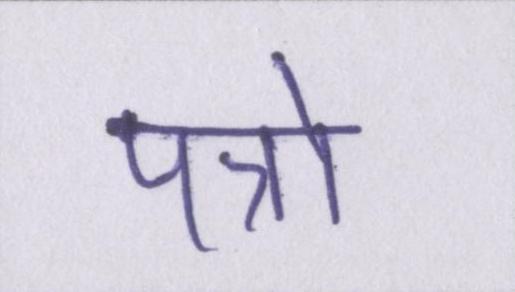
पत्रो